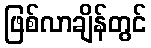
ဖြစ်လာချိန်တွင်